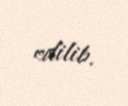
edilib.